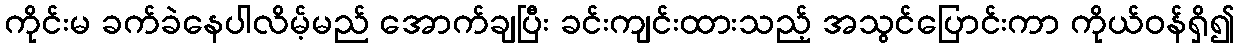
ကိုင်းမ ခက်ခဲနေပါလိမ့်မည် အောက်ချပြီး ခင်းကျင်းထားသည့် အသွင်ပြောင်းကာ ကိုယ်ဝန်ရှိ၍